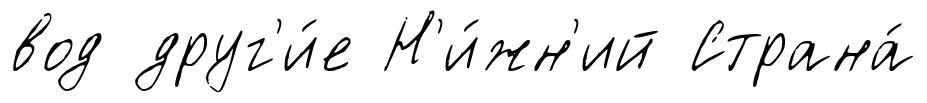
вод друг'и́е Н'и́жн'ий Страна́